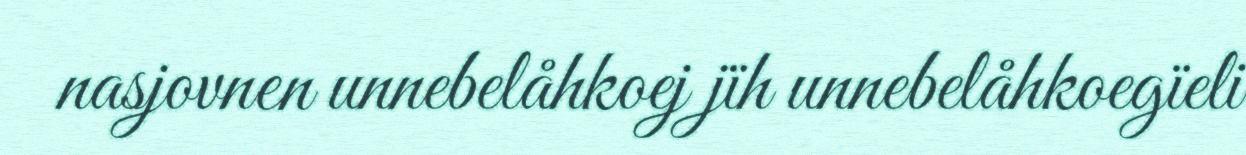
nasjovnen unnebelåhkoej jïh unnebelåhkoegïeli